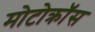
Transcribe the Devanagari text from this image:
मोटोक्राॅस